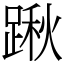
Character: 踿